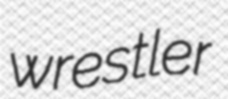
wrestler